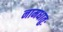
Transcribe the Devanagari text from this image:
नामधातुः